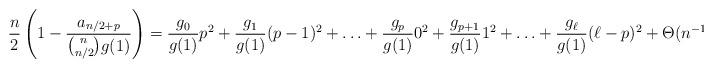
LaTeX: \begin{align*} \frac{n}{2}\left(1 - \frac{a_{n/2+p}}{\binom{n}{n/2}g(1)}\right) = \frac{g_0}{g(1)} p^2 + \frac{g_1}{g(1)} (p-1)^2 + \ldots + \frac{g_p}{g(1)}0^2 + \frac{g_{p+1}}{g(1)}1^2 + \ldots + \frac{g_\ell}{g(1)}(\ell-p)^2 +\Theta(n^{-1}).\end{align*}